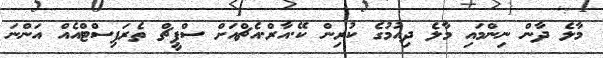
މާލެ ދާން ނިންމައި މާލެ ދިއުމުގެ ކުރިން ކޭ.އާރް.އެޗްއަށް ސްޕީޗް ތެރަޕިސްޓްއެއް އަންނަ